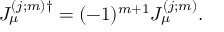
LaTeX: J _ { \mu } ^ { ( j ; m ) \dag } = ( - 1 ) ^ { m + 1 } J _ { \mu } ^ { ( j ; m ) } .